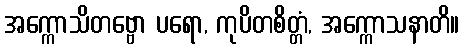
အက္ကောသိတဗ္ဗော ပရော, ကုပိတစိတ္တံ, အက္ကောသနာတိ။